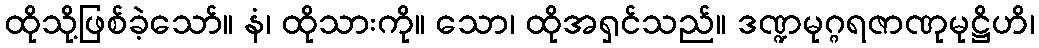
ထိုသို့ဖြစ်ခဲ့သော်။ နံ၊ ထိုသားကို။ သော၊ ထိုအရှင်သည်။ ဒဏ္ဍမုဂ္ဂရဇာဏုမုဋ္ဌိဟိ၊